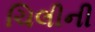
ચિલીની